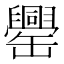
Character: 𦉝